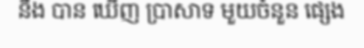
នឹង បាន ឃើញ ប្រាសាទ មួយចំនួន ផ្សេង